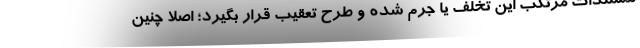
مستندات مرتکب این تخلف یا جرم شده و طرح تعقیب قرار بگیرد؛ اصلاً چنین